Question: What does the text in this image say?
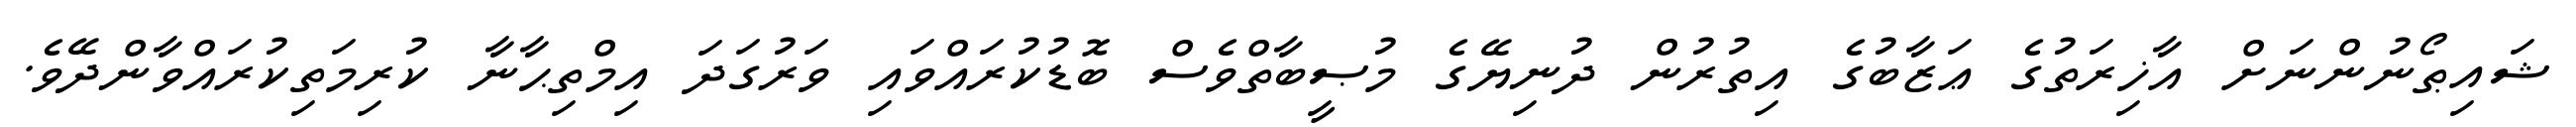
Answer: ޝައިޠޯނުންނަށް އާޚިރަތުގެ ޢަޒާބުގެ އިތުރުން ދުނިޔޭގެ މުޞީބާތްވެސް ބޮޑުކުރައްވައި ވަރުގަދަ އިމްތިޙާނާ ކުރިމަތިކުރައްވާންދޭވެ.